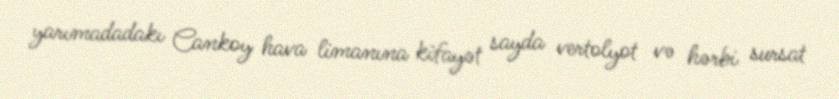
yarımadadakı Cankoy hava limanına kifayət sayda vertolyot və hərbi sursat